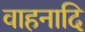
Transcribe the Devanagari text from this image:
वाहनादि